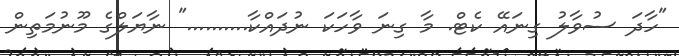
"ހާދަ ސުވާލު ގިނައޭ ކެޓް. މާ ގިނަ ވާހަކަ ނުދައްކާ.........." ނާޔަލްގެ މޫނުމަތިން